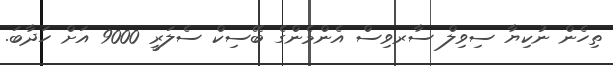
ތިހެން ނުކިޔާ ސިވިލް ސާރވިސް އެންމެންގެ ބޭސިކް ސެލަރީ 9000 އަށް ހަދާބަ.